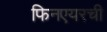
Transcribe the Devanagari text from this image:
फिनएयरची